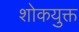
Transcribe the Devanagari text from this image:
शोकयुक्त